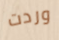
وردت